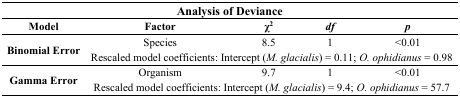
<table><thead><tr><td colspan="5"><b>Analysis of Deviance</b></td></tr><tr><td><b>Model</b></td><td><b>Factor</b></td><td><b>χ<sup>2</sup></b></td><td><b><i>df</i></b></td><td><b><i>p</i></b></td></tr></thead><tbody><tr><td rowspan="2"><b>Binomial Error</b></td><td>Species</td><td>8.5</td><td>1</td><td>&lt;0.01</td></tr><tr><td colspan="4">Rescaled model coefficients: Intercept (<i>M. glacialis</i>) = 0.11; <i>O. ophidianus</i> = 0.98</td></tr><tr><td rowspan="2"><b>Gamma Error</b></td><td>Organism</td><td>9.7</td><td>1</td><td>&lt;0.01</td></tr><tr><td colspan="4">Rescaled model coefficients: Intercept (<i>M. glacialis</i>) = 9.4; <i>O. ophidianus</i> = 57.7</td></tr></tbody></table>